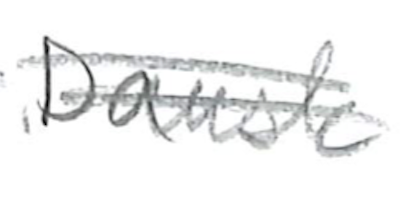
Text: for
Cross-out: double-line
Writing tool: pencil